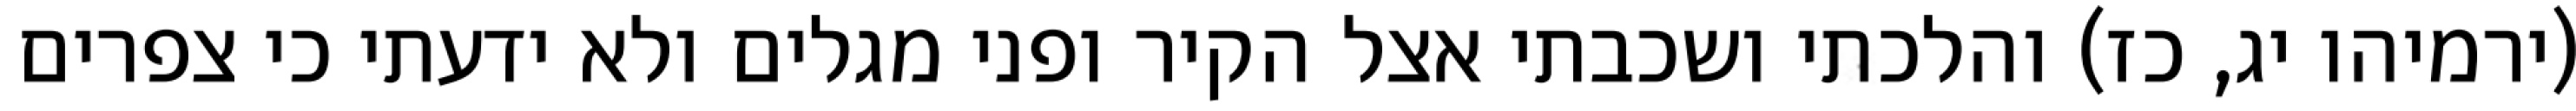
(ירמיהו יג, כז) והלכתי ושכבתי אצל הקיר ופני מגלים ולא ידעתי כי צפרים